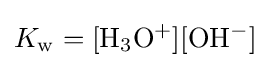
K_{\rm {w}}=[{\rm {H_{3}O^{+}}}][{\rm {OH^{-}}}]